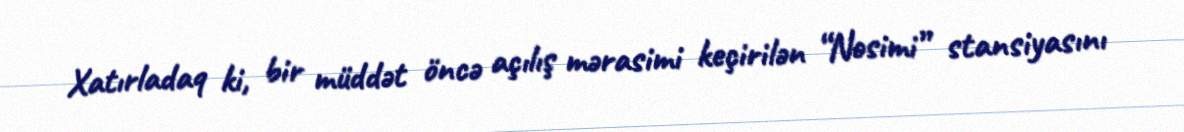
Xatırladaq ki, bir müddət öncə açılış mərasimi keçirilən “Nəsimi” stansiyasını